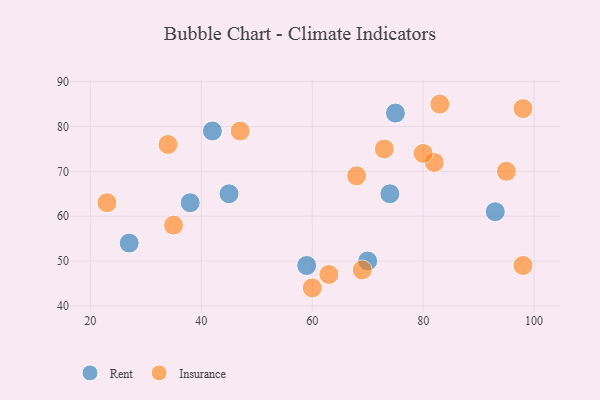
{"axis": {"x": "GDP", "y": "Life Expectancy"}, "legend": ["Insurance", "Rent"], "data": [{"x": "42", "y": 79, "type": "Rent"}, {"x": "75", "y": 83, "type": "Rent"}, {"x": "74", "y": 65, "type": "Rent"}, {"x": "45", "y": 65, "type": "Rent"}, {"x": "93", "y": 61, "type": "Rent"}, {"x": "70", "y": 50, "type": "Rent"}, {"x": "38", "y": 63, "type": "Rent"}, {"x": "59", "y": 49, "type": "Rent"}, {"x": "27", "y": 54, "type": "Rent"}, {"x": "82", "y": 72, "type": "Insurance"}, {"x": "68", "y": 69, "type": "Insurance"}, {"x": "35", "y": 58, "type": "Insurance"}, {"x": "34", "y": 76, "type": "Insurance"}, {"x": "98", "y": 49, "type": "Insurance"}, {"x": "80", "y": 74, "type": "Insurance"}, {"x": "98", "y": 84, "type": "Insurance"}, {"x": "47", "y": 79, "type": "Insurance"}, {"x": "95", "y": 70, "type": "Insurance"}, {"x": "69", "y": 48, "type": "Insurance"}, {"x": "73", "y": 75, "type": "Insurance"}, {"x": "60", "y": 44, "type": "Insurance"}, {"x": "63", "y": 47, "type": "Insurance"}, {"x": "83", "y": 85, "type": "Insurance"}, {"x": "23", "y": 63, "type": "Insurance"}]}